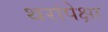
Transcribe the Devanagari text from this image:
थरांपेक्षा